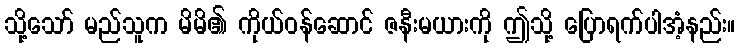
သို့သော် မည်သူက မိမိ၏ ကိုယ်ဝန်ဆောင် ဇနီးမယားကို ဤသို့ ပြောရက်ပါအံ့နည်း။